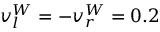
v _ { l } ^ { W } = - v _ { r } ^ { W } = 0 . 2